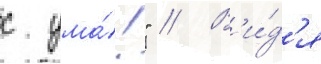
с ума́!" // В'и́д'я